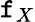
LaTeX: \mathtt{f}_{X}